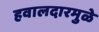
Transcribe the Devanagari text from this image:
हवालदारमुळे